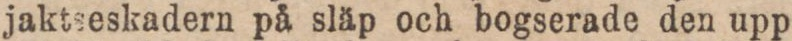
jaktseskadern på släp och bogserade den upp